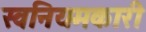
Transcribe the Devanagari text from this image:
स्वनियमकारी